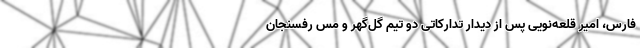
فارس، امیر قلعه‌نویی پس از دیدار تدارکاتی دو تیم گل‌گهر و مس رفسنجان